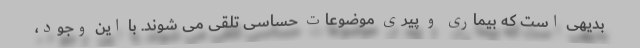
بدیهی است که بیماری و پیری موضوعات حساسی تلقی می شوند. با این وجود،